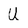
Character: U